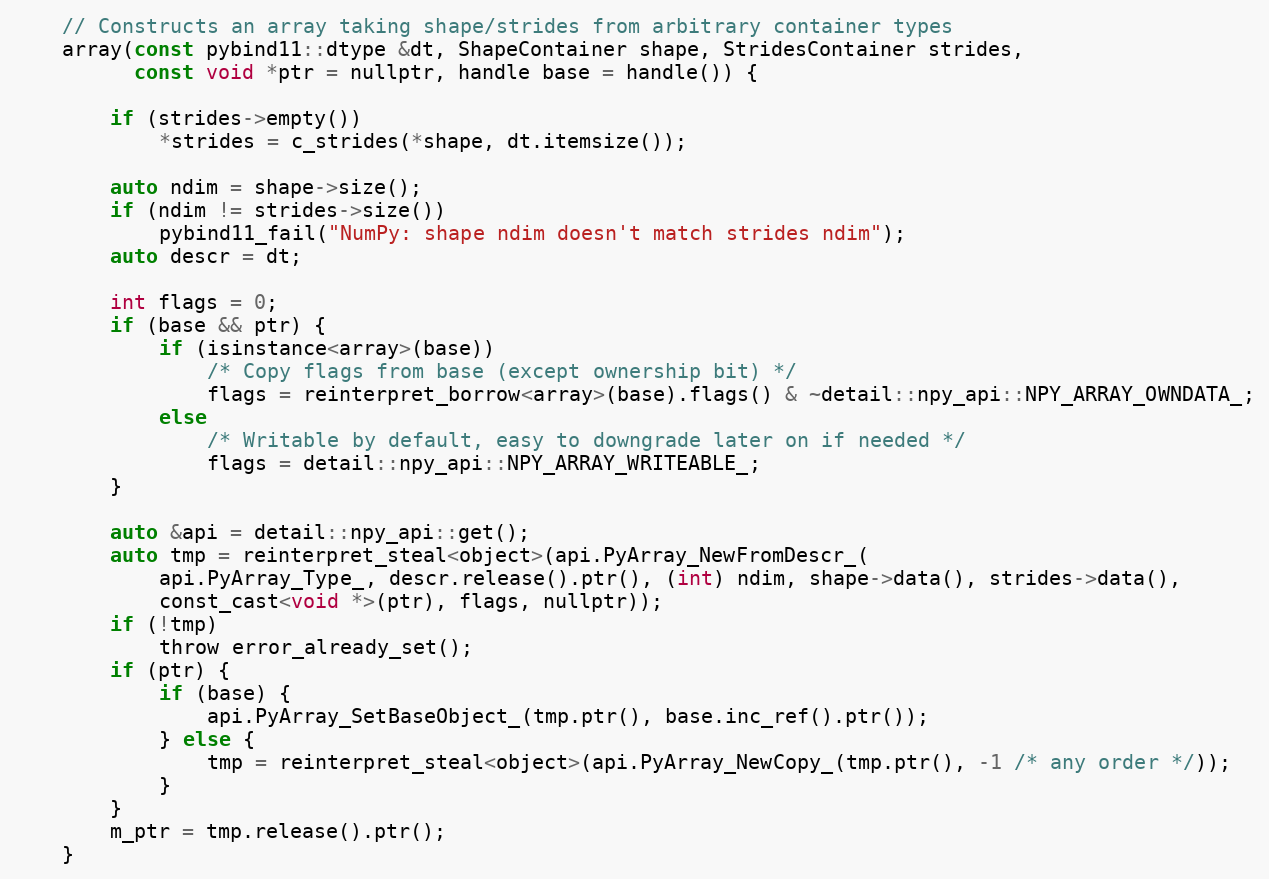
Language: C
    // Constructs an array taking shape/strides from arbitrary container types
    array(const pybind11::dtype &dt, ShapeContainer shape, StridesContainer strides,
          const void *ptr = nullptr, handle base = handle()) {

        if (strides->empty())
            *strides = c_strides(*shape, dt.itemsize());

        auto ndim = shape->size();
        if (ndim != strides->size())
            pybind11_fail("NumPy: shape ndim doesn't match strides ndim");
        auto descr = dt;

        int flags = 0;
        if (base && ptr) {
            if (isinstance<array>(base))
                /* Copy flags from base (except ownership bit) */
                flags = reinterpret_borrow<array>(base).flags() & ~detail::npy_api::NPY_ARRAY_OWNDATA_;
            else
                /* Writable by default, easy to downgrade later on if needed */
                flags = detail::npy_api::NPY_ARRAY_WRITEABLE_;
        }

        auto &api = detail::npy_api::get();
        auto tmp = reinterpret_steal<object>(api.PyArray_NewFromDescr_(
            api.PyArray_Type_, descr.release().ptr(), (int) ndim, shape->data(), strides->data(),
            const_cast<void *>(ptr), flags, nullptr));
        if (!tmp)
            throw error_already_set();
        if (ptr) {
            if (base) {
                api.PyArray_SetBaseObject_(tmp.ptr(), base.inc_ref().ptr());
            } else {
                tmp = reinterpret_steal<object>(api.PyArray_NewCopy_(tmp.ptr(), -1 /* any order */));
            }
        }
        m_ptr = tmp.release().ptr();
    }